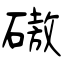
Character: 磝